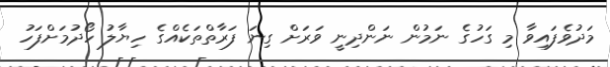
މަދުވެފައިވާ މި ގަހުގެ ނަމުން ނަންދިނީ ވަރަށް ގިނަ ފަރާތްތަކެއްގެ ހިޔާލު ހޯދުމަށްފަހު